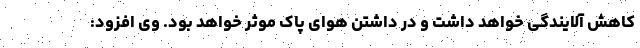
کاهش آلایندگی خواهد داشت و در داشتن هوای پاک موثر خواهد بود. وی افزود: